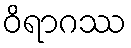
ဝိရာဂဿ